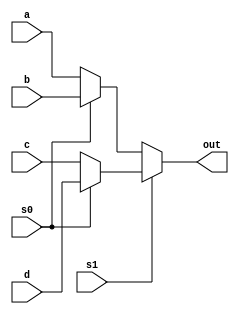
module mux4x1(input [6:0] a, b, c, d, input s0, s1, output[6:0] out);
// 11 d
//10 c
//01 b
//00 a

assign out= (s1)? ((s0)? d:c ): ((s0)? b:a) ;
endmodule